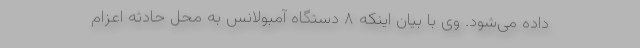
داده می‌شود. وی با بیان اینکه ۸ دستگاه آمبولانس به محل حادثه اعزام